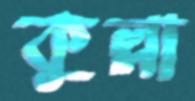
কুল্লা